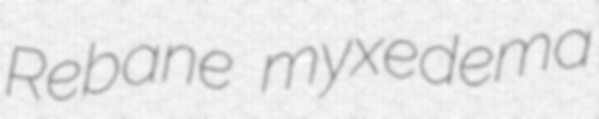
Rebane myxedema